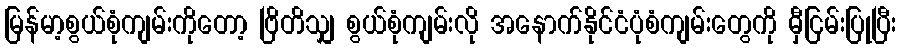
မြန်မာ့စွယ်စုံကျမ်းကိုတော့ ဗြိတိသျှ စွယ်စုံကျမ်းလို အနောက်နိုင်ငံပုံစံကျမ်းတွေကို မှီငြမ်းပြုပြီး